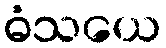
ဓံသယေ